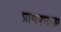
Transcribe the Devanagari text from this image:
प्राणपणाला